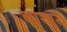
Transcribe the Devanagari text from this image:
लारपुर